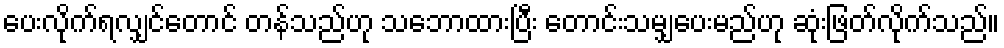
ပေးလိုက်ရလျှင်တောင် တန်သည်ဟု သဘောထားပြီး တောင်းသမျှပေးမည်ဟု ဆုံးဖြတ်လိုက်သည်။